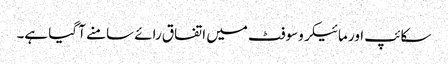
سکائپ اور مائیکروسوفٹ میں اتفاق رائے سامنے آ گیا ہے۔